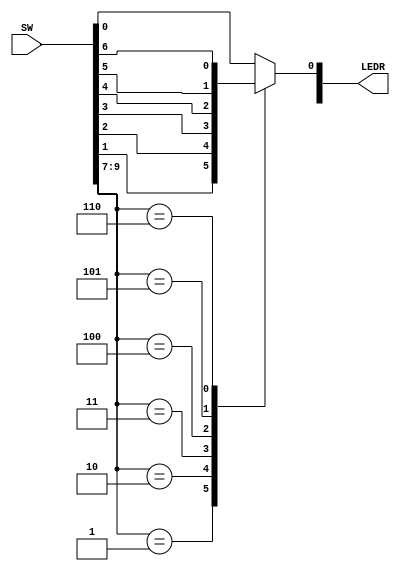
module mux7to1(SW, LEDR);
	input [9:0] SW;	//inputs
	output [9:0] LEDR; //outputs
	reg Out; 

	always @(*) // the * can be replaced by boolean conditions
	begin
		case(SW[9:7]) //specify the inputs to act on
			3'b000: Out = SW[0];
			3'b001: Out = SW[1];
			3'b010: Out = SW[2];
			3'b011: Out = SW[3];
			3'b100: Out = SW[4];
			3'b101: Out = SW[5];
			3'b110: Out = SW[6];
			default: Out = SW[0];
		endcase
	end
	assign LEDR[0] = Out; //assign the output to the led.
endmodule